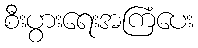
စီးပွားရေးအကြံပေး